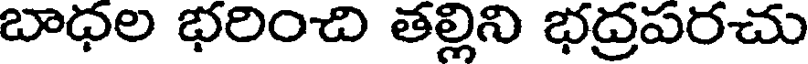
బాధల భరించి తల్లిని భద్రపరచు